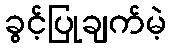
ခွင့်ပြုချက်မဲ့